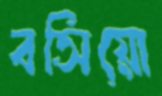
বসিয়ো